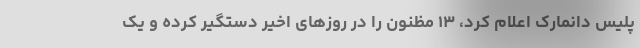
پلیس دانمارک اعلام کرد، ۱۳ مظنون را در روزهای اخیر دستگیر کرده و یک